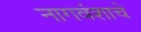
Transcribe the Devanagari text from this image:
नागवंशाचे